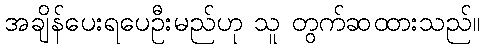
အချိန်ပေးရပေဦးမည်ဟု သူ တွက်ဆထားသည်။